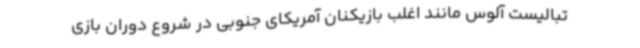
تبالیست آلوس مانند اغلب بازیکنان آمریکای جنوبی در شروع دوران بازی